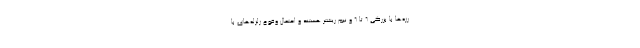
رزه‌ها با بزرگی ۶ تا ۶ و نیم ریشتر هستند و احتمال وقوع زلزله‌های با